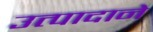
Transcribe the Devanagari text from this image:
उत्पादाने